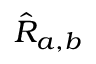
\hat { R } _ { a , b }